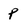
Character: P